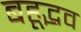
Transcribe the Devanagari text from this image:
बहूद्भव